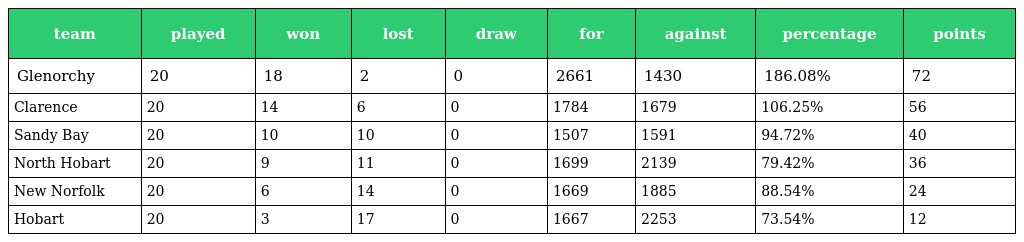
| team | played | won | lost | draw | for | against | percentage | points |
 | --- | --- | --- | --- | --- | --- | --- | --- | --- |
 | Glenorchy | 20 | 18 | 2 | 0 | 2661 | 1430 | 186.08% | 72 |
 | Clarence | 20 | 14 | 6 | 0 | 1784 | 1679 | 106.25% | 56 |
 | Sandy Bay | 20 | 10 | 10 | 0 | 1507 | 1591 | 94.72% | 40 |
 | North Hobart | 20 | 9 | 11 | 0 | 1699 | 2139 | 79.42% | 36 |
 | New Norfolk | 20 | 6 | 14 | 0 | 1669 | 1885 | 88.54% | 24 |
 | Hobart | 20 | 3 | 17 | 0 | 1667 | 2253 | 73.54% | 12 |